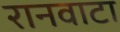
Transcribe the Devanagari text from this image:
रानवाटा